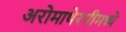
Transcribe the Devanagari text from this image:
अरोमाथेरपीमध्ये